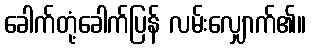
ခေါက်တုံ့ခေါက်ပြန် လမ်းလျှောက်၏။